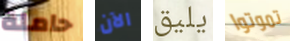
حاملة الآن يليق تموتوا